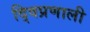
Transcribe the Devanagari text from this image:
द्विप्रणाली